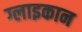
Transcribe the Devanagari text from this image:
ग्लाइकान